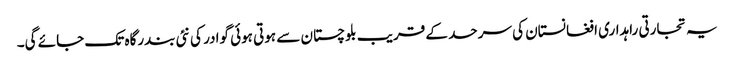
یہ تجارتی راہداری افغانستان کی سرحد کے قریب بلوچستان سے ہوتی ہوئی گوادر کی نئی بندرگاہ تک جائے گی۔